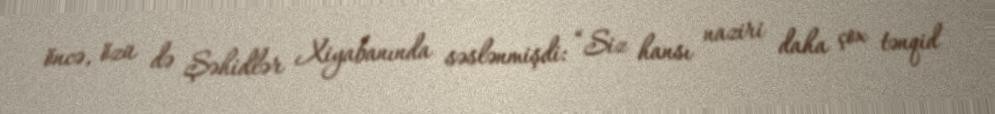
öncə, özü də Şəhidlər Xiyabanında səslənmişdi: “Siz hansı naziri daha çox tənqid